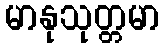
မာနုသုတ္တမာ